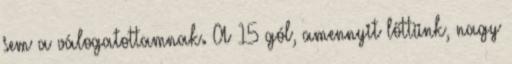
sem a válogatottamnak. A 15 gól, amennyit lőttünk, nagy